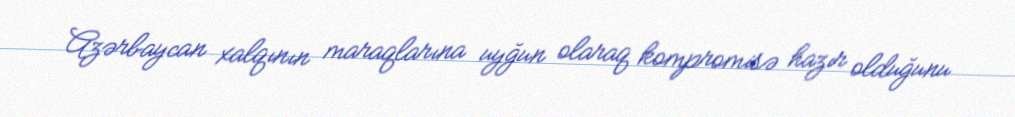
Azərbaycan xalqının maraqlarına uyğun olaraq kompromisə hazır olduğunu